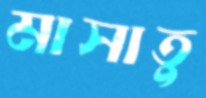
মাসাতু